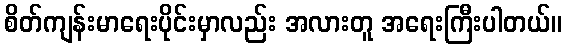
စိတ်ကျန်းမာရေးပိုင်းမှာလည်း အလားတူ အရေးကြီးပါတယ်။